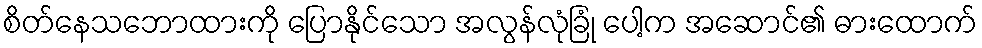
စိတ်နေသဘောထားကို ပြောနိုင်သော အလွန်လုံခြုံ ပေါ့က အဆောင်၏ ဓားထောက်